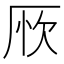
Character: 𠩦